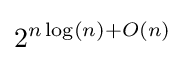
2^{n\log(n)+O(n)}